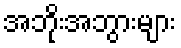
အဘိုးအဘွားများ